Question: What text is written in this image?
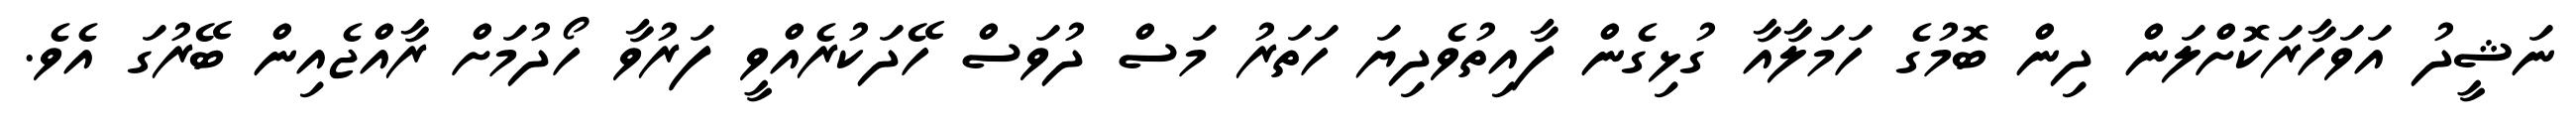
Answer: ނަޝީދު އަވަހާރަކޮށްލަން ދިން ބޮމުގެ ހަމަލާއާ ގުޅިގެން ފާއިތުވެދިޔަ ހަތަރު މަސް ދުވަސް ހޭދަކުރެއްވީ ފަރުވާ ހޯދުމަށް ރާއްޖެއިން ބޭރުގަ އެވެ.